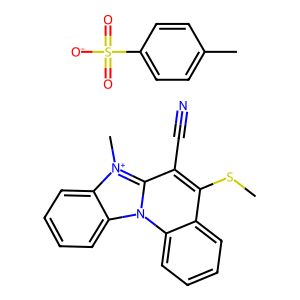
SMILES: CSc1c(C#N)c2n(c3ccccc13)c1ccccc1[n+]2C.Cc1ccc(S(=O)(=O)[O-])cc1
Inhibits HIV replication: No